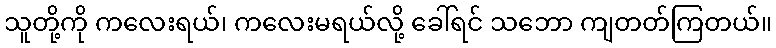
သူတို့ကို ကလေးရယ်၊ ကလေးမရယ်လို့ ခေါ်ရင် သဘော ကျတတ်ကြတယ်။